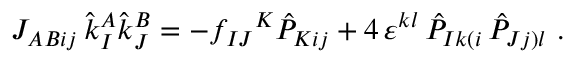
{ \cal J } _ { A B i j } \, \hat { k } _ { I } ^ { A } \hat { k } _ { J } ^ { B } = - f _ { I J } { } ^ { K } \hat { P } _ { K i j } + 4 \, \varepsilon ^ { k l } \, \hat { P } _ { I k ( i } \, \hat { P } _ { J j ) l } \ .